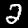
Digit: 2